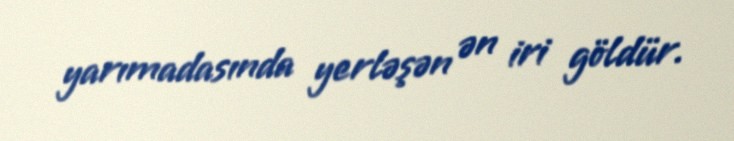
yarımadasında yerləşən ən iri göldür.